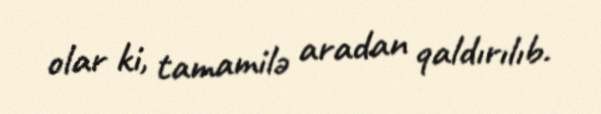
olar ki, tamamilə aradan qaldırılıb.